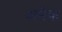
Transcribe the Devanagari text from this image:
अनेेक